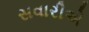
સવારીએ